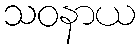
သဝနာယ